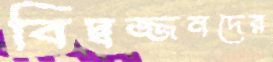
বিদ্বজ্জনদের